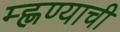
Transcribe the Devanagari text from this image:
म्ह्णण्याची